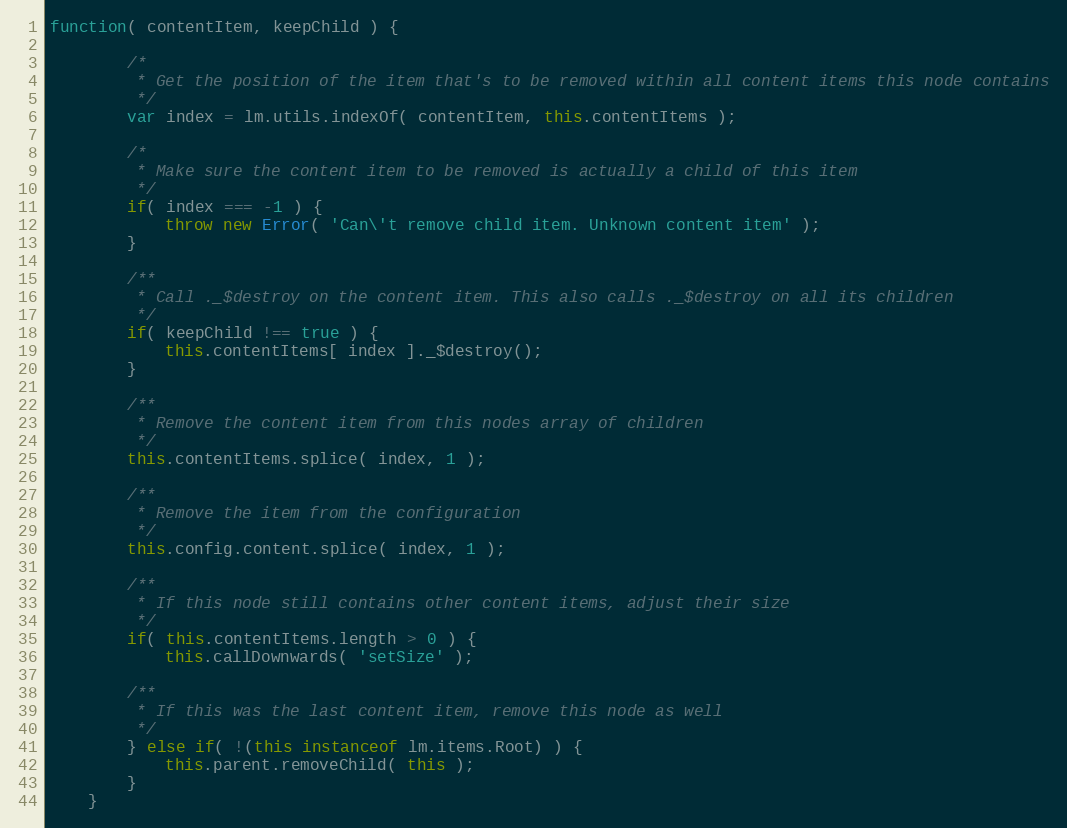
Language: JavaScript
function( contentItem, keepChild ) {

		/*
		 * Get the position of the item that's to be removed within all content items this node contains
		 */
		var index = lm.utils.indexOf( contentItem, this.contentItems );

		/*
		 * Make sure the content item to be removed is actually a child of this item
		 */
		if( index === -1 ) {
			throw new Error( 'Can\'t remove child item. Unknown content item' );
		}

		/**
		 * Call ._$destroy on the content item. This also calls ._$destroy on all its children
		 */
		if( keepChild !== true ) {
			this.contentItems[ index ]._$destroy();
		}

		/**
		 * Remove the content item from this nodes array of children
		 */
		this.contentItems.splice( index, 1 );

		/**
		 * Remove the item from the configuration
		 */
		this.config.content.splice( index, 1 );

		/**
		 * If this node still contains other content items, adjust their size
		 */
		if( this.contentItems.length > 0 ) {
			this.callDownwards( 'setSize' );

		/**
		 * If this was the last content item, remove this node as well
		 */
		} else if( !(this instanceof lm.items.Root) ) {
			this.parent.removeChild( this );
		}
	}